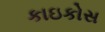
કાઇકોસ